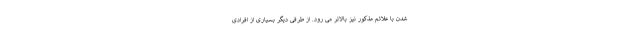
شدن با علائم مذکور نیز بالاتر می رود. از طرفی دیگر بسیاری از افرادی